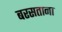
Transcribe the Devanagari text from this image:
बरसताना